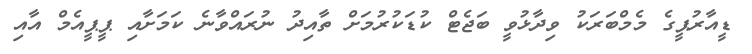
ޑީއާރުޕީގެ މެމްބަރަކު ވިދާޅުވީ ބަޖެޓް ކުޑަކުރުމަށް ތާއިދު ނުރައްވާނެ ކަމަށާއި ޕީޕީއެމް އާއި